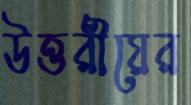
উত্তরীয়ের